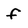
Character: f